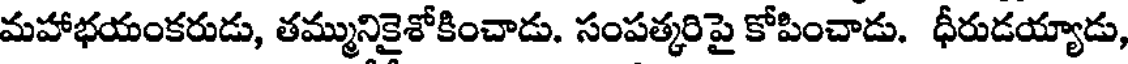
మహాభయంకరుడు, తమ్మునికైశోకించాడు. సంపత్కరిపై కోపించాడు. ధీరుడయ్యాడు,